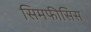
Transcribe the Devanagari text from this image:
सिमफीसिस